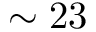
\sim 2 3